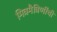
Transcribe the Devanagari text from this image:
मित्रमैत्रिणींची